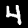
Digit: 4